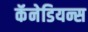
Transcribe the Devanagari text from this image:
कॅनेडियन्स